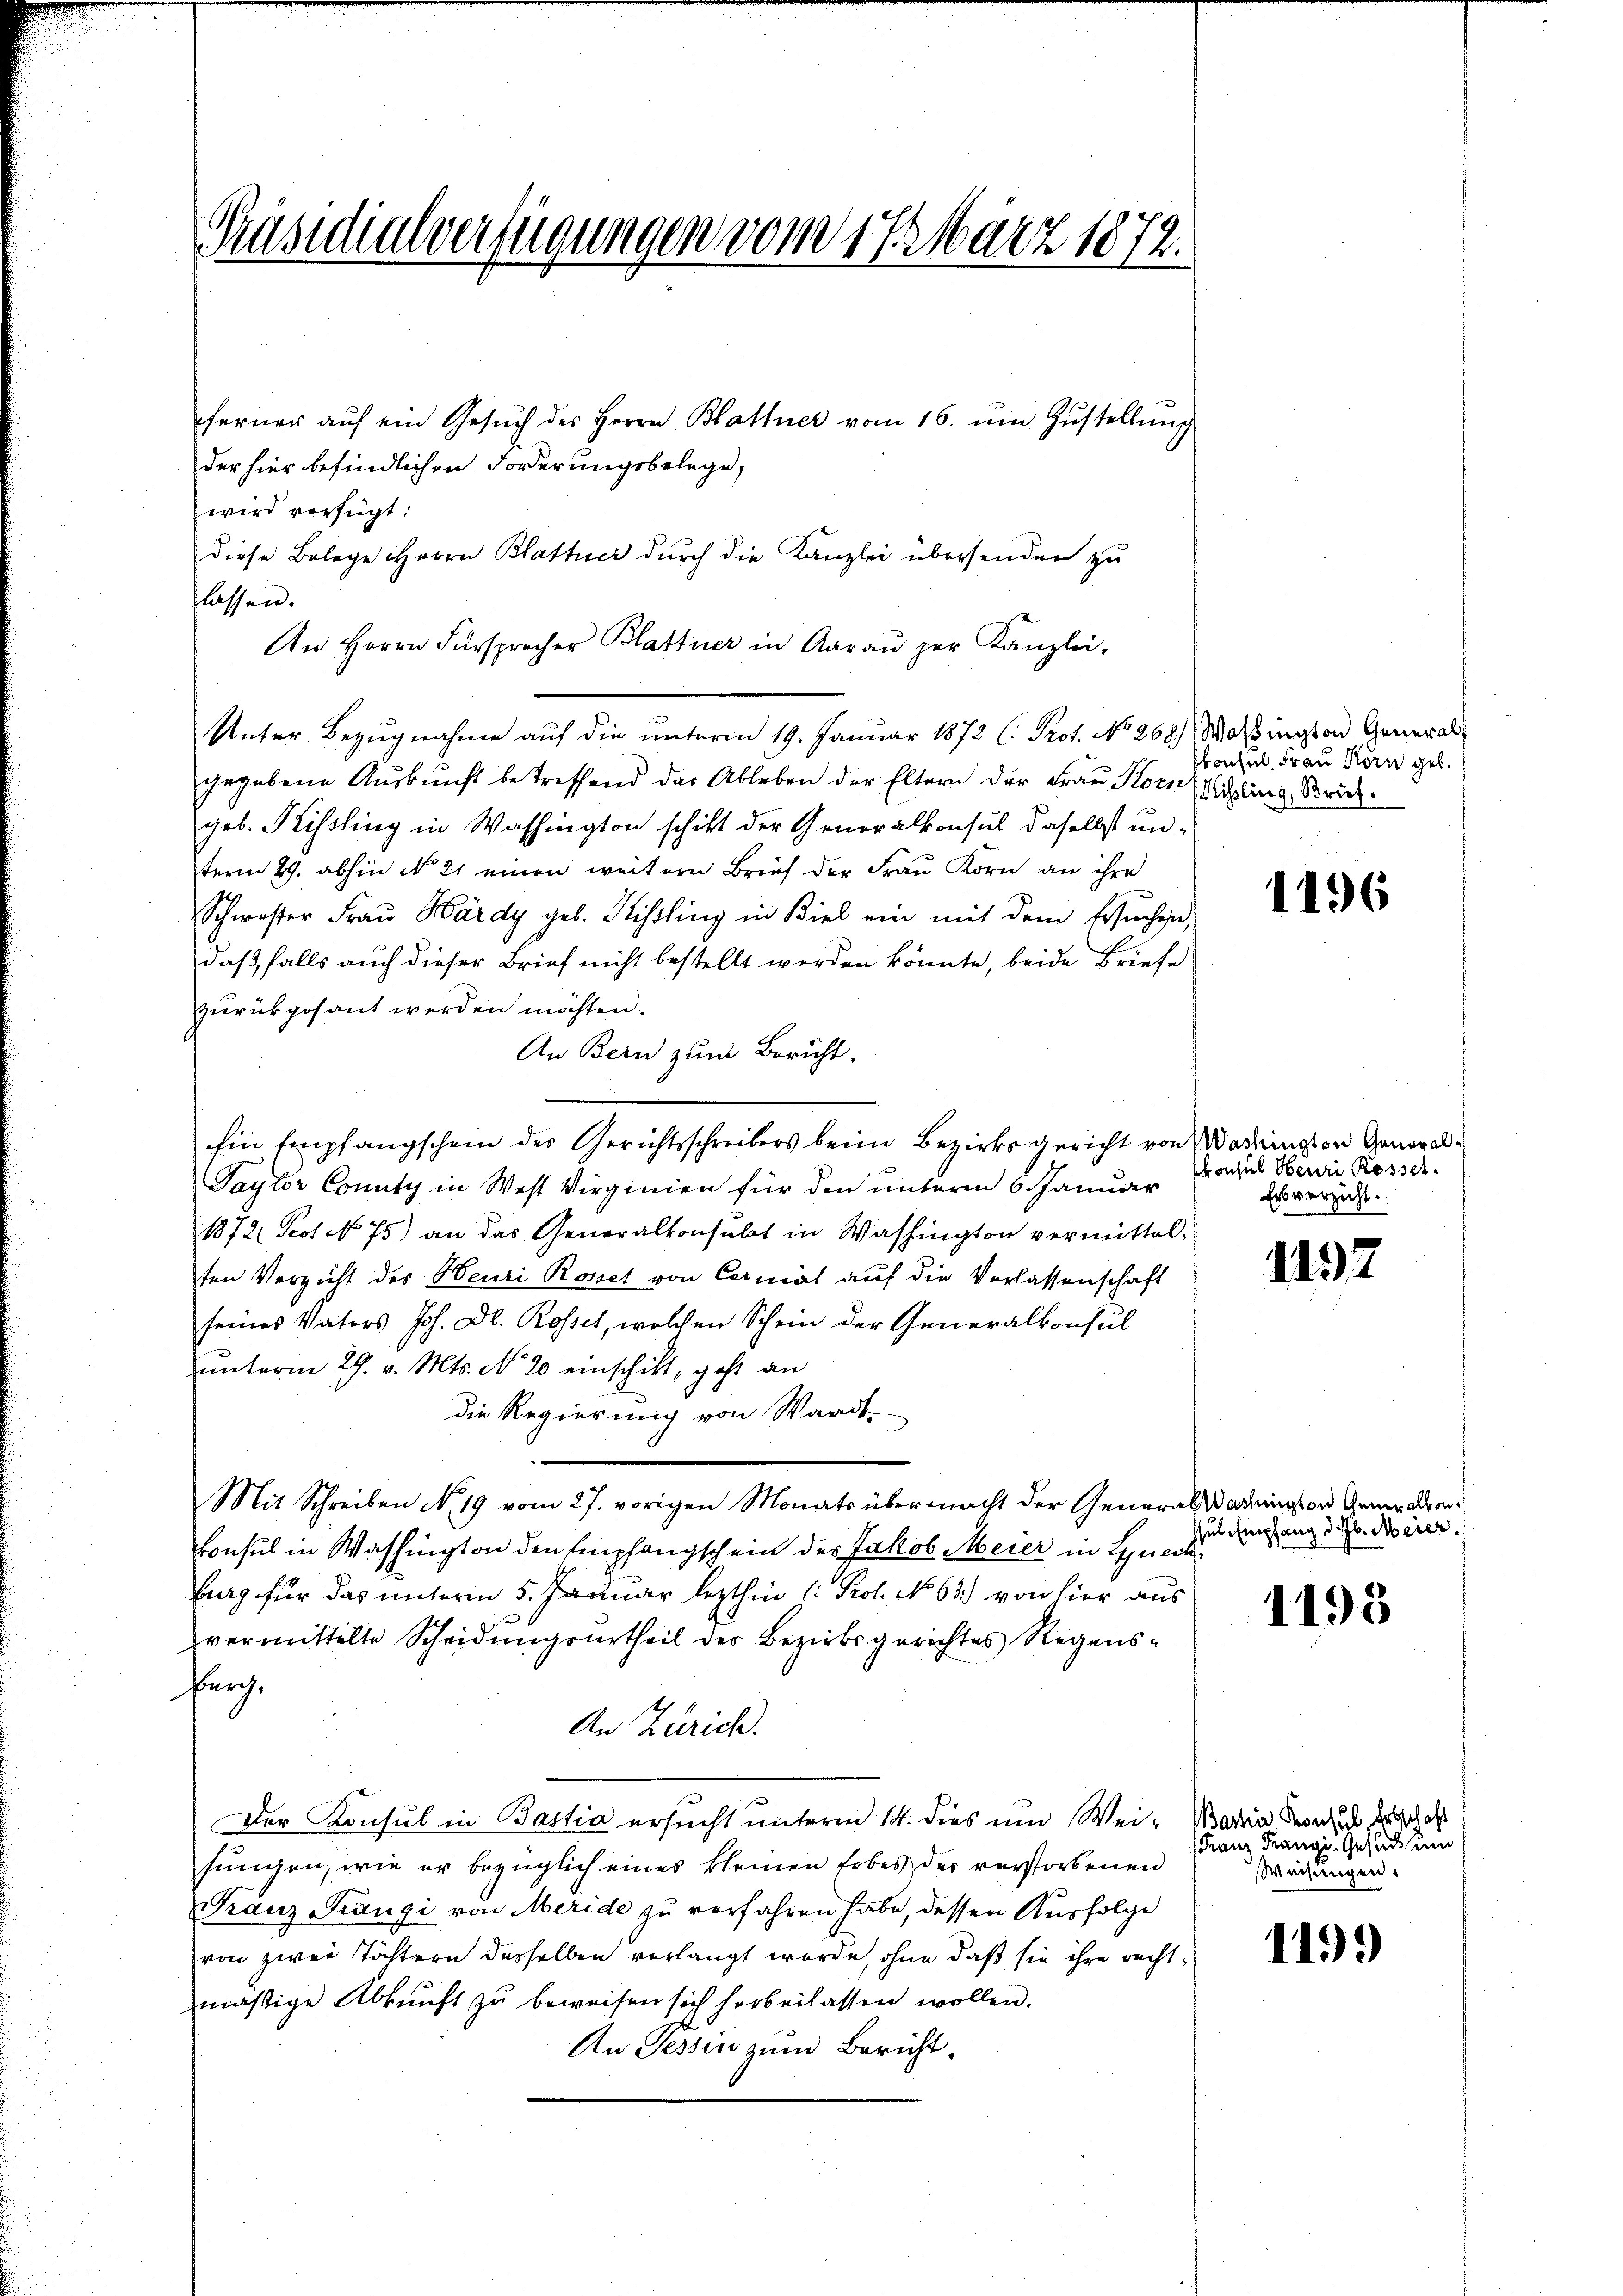
Präsidialverfügungen vom 17. März 1872.

der hier befindlichen Forderungsbelege,
wird verfügt:
diese Belege Herrn Blattier durch die Kanzlei übersenden zu
lassen.
An Herrn Fürsprecher Blattner in Aaraŭ zŭr Kanzlei-
Unter Bezugnahme auf die unterm 19. Januar 1872 (: Prot. No 268.) Woßington General-
gegebene Auskunft betreffend das Ableben der Eltern der Frau Korn, Schling, Brückgeb. Kissling in Washington schikt der Generalkonsul daselbst unterm 29. abhin No 21 einen weitern Brief der Frau Korn an ihre
Schwester Frau Bärdy geb. Kissling in Biel ein mit dem Ersuchen,
daß, falls auch dieser Brief nicht bestellt werden könnte, beide Briefe
zurückposant werden möchten.
An Bern zum Bericht.
Ein Empfangschein des Gerichtsschreibers beim Bezirksgericht von Wadington General¬
Taytor County in West Virginien für den unterm 6. Januar
1872 Peot No 75) an das Generalkonsebt in Washington vermittelten Verzicht des Heuri Rossel von Cernial auf die Verlassenschaft
seines Vaters Joh. Dr. Rossel, welchen Schein der Generalkonsul
unterm 29. v. Mts. No 20 einschikt, geht an
die Regierung von Waadt.
Mit Schreiben No. 19 vom 27. vorigen Monats übermacht der Generalsadington Generaden¬
Consul in Washington den Empfangschein des Jakob Meier in Lyneck
burg für das unterm 5. Januar lezthin (: Prof. No 63.) von hier aus
vermittelte Scheidŭngsŭrtheil der Bezirksgerichtes Regens-
Bürch.
An Zürich.
Der Konsul in Bastia ersucht unterm 14. dies und Weisungen, wie er bezüglich eines kleinen Erbes der verstorbenen
Franz Kägi von Meride zu verfahren habe, dessen Ausfolge
von zwei Töchtern desselben verlangt wurde, ohne daß sie ihre rechtmäßige Abkunft zu beweisen sich herbeilassen wollen.
An Tessin zum Bericht.

ferner aŭf ein Gesŭch des Herrn Blattner vom 16. ŭm Zŭstellŭng

skonsul, Frau Körn geb.

1196

Consul Henri Rossel.
Erbverzicht.

1197

ssul Empfang d. Jb. Meier.

1193

Bartin Konsul Erbschaft
sdam Franz. Gesuch um
Weisungen.

1199)